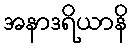
အနာဒရိယာနိ